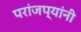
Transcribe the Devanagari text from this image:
परांजप्यांनी